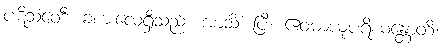
ပဋိသံဝေဒီ၊ ခံစားလေ့ရှိသည်။ အာသိံ၊ ပြီ။ ဧဝမာယုပရိယန္တောတိ၊